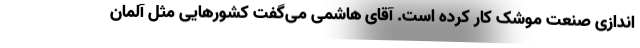
اندازی صنعت موشک کار کرده است. آقای هاشمی می‌گفت کشورهایی مثل آلمان